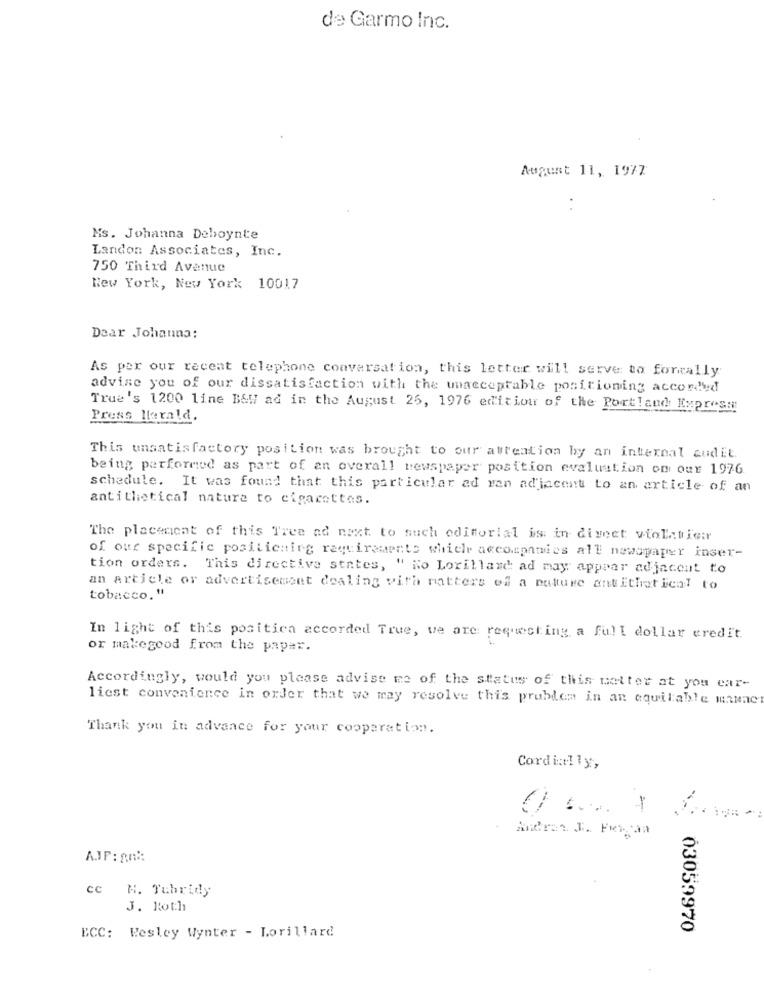
de Garmo Inc.
August 11, 1977
Ms. Johanna Deboynte
Landon: Associates, Inc.
750 Third Avenue
New York, New York 10017
Dear Johanna:
As per our recent telephone conversation, this letter will serve to fontally
advise you of our dissatisfaction with the unacceptable positioning accorded
True's 1200 line B&W ad in the August 25, 1976 edition of the Port!and Express
Press lerald.
This unsatisfactory position was brought to our attention by an internal audit.
being performed as part of an overall newspaper position evaluation on our 1976
schedule. It was found that this particular ad ran adjacent to an article of an
antithetical nature to cigarettes.
The placement of this Tree ad next to such editorial is in direct violatier
of our specific positioning requirements which accompanies all newspaper inser-
tion orders. This directive states, " No Lorillard ad may appear adjacent to
an article or advertisement dealing with matters of a mature antithetical to
tobacco, "
In light of this positica accorded True, we are requesting a full dollar credit.
or makegood from the paper.
Accordingly, would you please advise me of the status of this mettet at you ear-
liest convenience in order that we may resolve this problem in an equitable minne
Thank you in advance for your cooperation.
Cordin!ly,
Andrew J. Frescaa
AIP: Ani:
ce H. Tubridy
J. Roth
03059970
ECC: Wesley Wynter - Lorillard